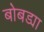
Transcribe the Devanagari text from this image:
बोबड्या